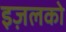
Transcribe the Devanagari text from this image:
इज़लको